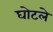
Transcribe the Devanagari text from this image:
घोटले